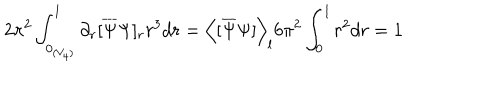
2 \pi ^ { 2 } \int _ { 0 _ { ( V _ { 4 } ) } } ^ { l } \partial _ { r } [ \overline { { { \Psi } } } \Psi ] _ { r } r ^ { 3 } d r = \left< [ \overline { { { \Psi } } } \Psi ] \right> _ { l } 6 \pi ^ { 2 } \int _ { 0 } ^ { l } r ^ { 2 } d r = 1